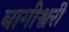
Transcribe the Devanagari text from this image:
बागीश्वरी